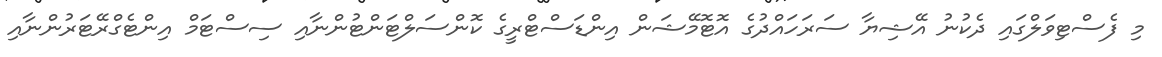
މި ފެސްޓިވަލްގައި ދެކުނު އޭޝިޔާ ސަރަހައްދުގެ އޮޓޮމޭޝަން އިންޑަސްޓްރީގެ ކޮންސަލްޓަންޓުންނާއި ސިސްޓަމް އިންޓެގްރޭޓަރުންނާއި